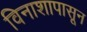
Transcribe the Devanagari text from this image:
विनाशापासून